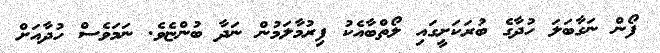
ފޯން ނަގާބަލަ ހުދާގެ ބުރަކަށީގައި ލޯތްބާއެކު ފިރުމާލަމުން ނަދާ ބުންޏެވެ. ނަމަވެސް ހުދާއަށް